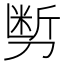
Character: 𰄽